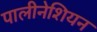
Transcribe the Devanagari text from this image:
पालीनेशियन